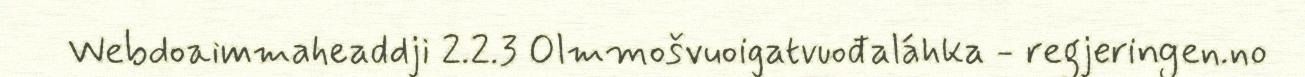
Webdoaimmaheaddji 2.2.3 Olmmošvuoigatvuođaláhka - regjeringen.no